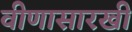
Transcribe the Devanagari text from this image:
वीणासारखी